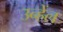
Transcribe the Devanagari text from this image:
उन्हेंल